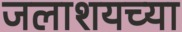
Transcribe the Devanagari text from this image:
जलाशयच्या